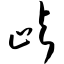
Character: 屿